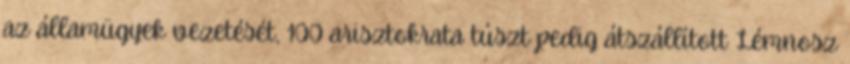
az államügyek vezetését, 100 arisztokrata túszt pedig átszállított Lémnosz